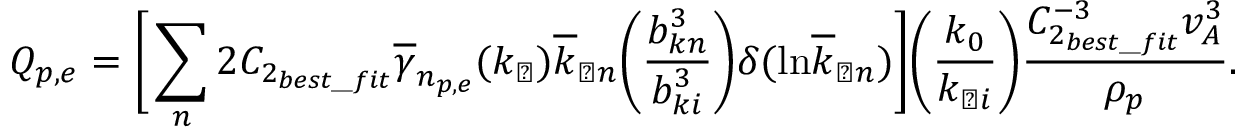
Q _ { p , e } = \Bigg [ \sum _ { n } 2 C _ { 2 _ { b e s t \_ f i t } } \overline { { \gamma } } _ { n _ { p , e } } ( k _ { \perp } ) \overline { { k } } _ { \perp n } \bigg ( \frac { b _ { k n } ^ { 3 } } { b _ { k i } ^ { 3 } } \bigg ) \delta ( \mathrm { l n } \overline { { k } } _ { \perp n } ) \Bigg ] \bigg ( \frac { k _ { 0 } } { k _ { \perp i } } \bigg ) \frac { C _ { 2 _ { b e s t \_ f i t } } ^ { - 3 } v _ { A } ^ { 3 } } { \rho _ { p } } .